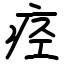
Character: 痉